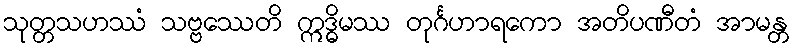
သုတ္တသဟဿံ သဗ္ဗဿေတိ ဣဒ္ဓိမဿ တုင်္ဂဟာရကော အတိပဏီတံ အာမန္တ